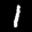
Label: 1